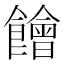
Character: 䭝